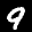
Label: 9